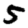
Digit: 5